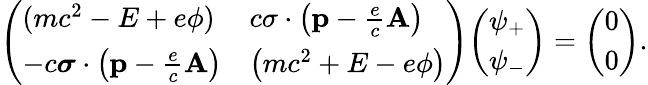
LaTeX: {\left(\begin{array}{ll}{(mc^{2}-E+e\phi)}&{c\sigma\cdot\left(\mathbf{p}-{\frac{e}{c}}\mathbf{A}\right)}\\ {-c{\boldsymbol{\sigma}}\cdot\left(\mathbf{p}-{\frac{e}{c}}\mathbf{A}\right)}&{\left(mc^{2}+E-e\phi\right)}\end{array}\right)}{\left(\begin{array}{l}{\psi_{+}}\\ {\psi_{-}}\end{array}\right)}={\left(\begin{array}{l}{0}\\ {0}\end{array}\right)}.